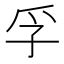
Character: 孚